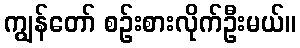
ကျွန်တော် စဉ်းစားလိုက်ဦးမယ်။